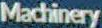
Machinery